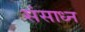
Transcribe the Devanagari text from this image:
संसाध्न